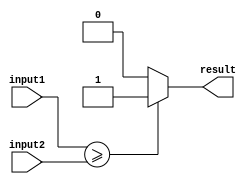
module greater_than_equal_to_comparator (
    input [7:0] input1,
    input [7:0] input2,
    output reg result
);

always @(*) begin
    if (input1 >= input2) begin
        result = 1;
    end else begin
        result = 0;
    end
end

endmodule